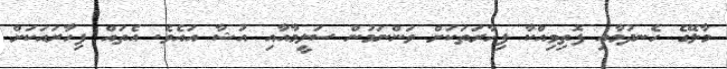
މާލޭގެ ހެނދުމާއި ފޮތިވިއްކާ ފިހާރަތަކަށް ވަންނަމުން ސަލީމާއާއި އުޝާ އައެވެ. އެތައް ފިހާރައަކަށް